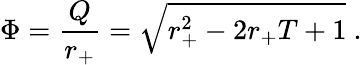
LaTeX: \Phi={\frac{Q}{r_{+}}}=\sqrt{r_{+}^{2}-2r_{+}T+1}\ .